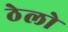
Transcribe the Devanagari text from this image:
ठेलो